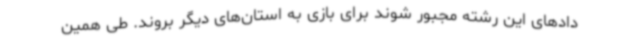
دادهای این رشته مجبور شوند برای بازی به استان‌های دیگر بروند. طی همین